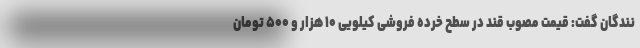
نندگان گفت: قیمت مصوب قند در سطح خرده فروشی کیلویی ۱۰ هزار و ۵۰۰ تومان